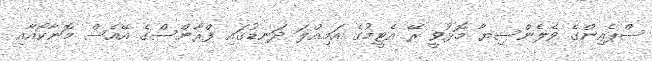
ސްޕެއިންގެ ވެލެންސިޔާ މޮޅުވީ ރޭ އެޓީމުގެ އަމިއްލަ ދަނޑުގައި ފްރާންސްގެ އޭއެސް މޮނާކޯއާއި